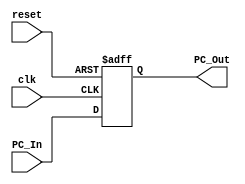
module pc_counter(
input [63:0] PC_In,
input reset,clk,
output reg [63:0] PC_Out
);


always @(posedge reset or posedge clk)
begin
  if (reset)
    
      PC_Out = 0;
    
 else
    
      PC_Out = PC_In;
    
       
end



endmodule